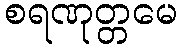
စရဏုတ္တမေ